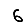
Digit: 6